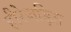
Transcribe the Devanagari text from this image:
हीरेजड़ित